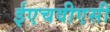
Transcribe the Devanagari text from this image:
ईएचवीएसी